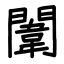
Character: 闈